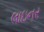
લાઇનર